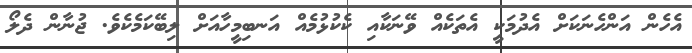
އެހެން އަންހެނަކަށް އެދުމަކީ އެތަކެއް ވޭނަކާއި ކެކުޅުމެއް އަނބިމީހާއަށް ލިބޭކަމެކެވެ. ޖުނާން ދެލޯ